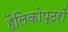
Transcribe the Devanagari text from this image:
हैलिकोप्‍टरों